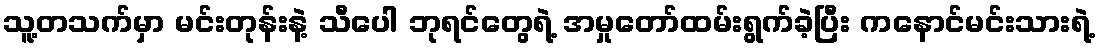
သူ့တသက်မှာ မင်းတုန်းနဲ့ သီပေါ ဘုရင်တွေရဲ့ အမှုတော်ထမ်းရွက်ခဲ့ပြီး ကနောင်မင်းသားရဲ့